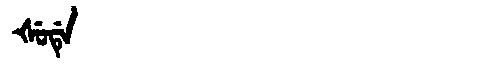
Manchu: ᡧᡠᡩᡝ
Romanization: ŠUDE